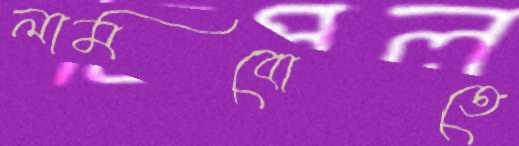
লামবোতে